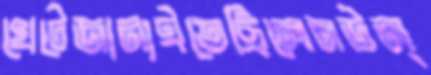
খেটেজানাইতেছিলেনউল্